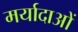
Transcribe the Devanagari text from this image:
मर्यादाआें